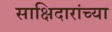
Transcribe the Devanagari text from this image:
साक्षिदारांच्या